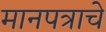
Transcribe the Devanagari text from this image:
मानपत्राचे